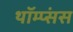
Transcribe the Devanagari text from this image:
थॉम्प्संस